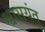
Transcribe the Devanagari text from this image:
श्वासयंत्